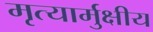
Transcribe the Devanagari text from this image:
मृत्यार्मुक्षीय